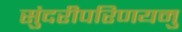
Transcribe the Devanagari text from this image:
सुंदरीपरिणयमु